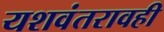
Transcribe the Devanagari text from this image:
यशवंतरावही